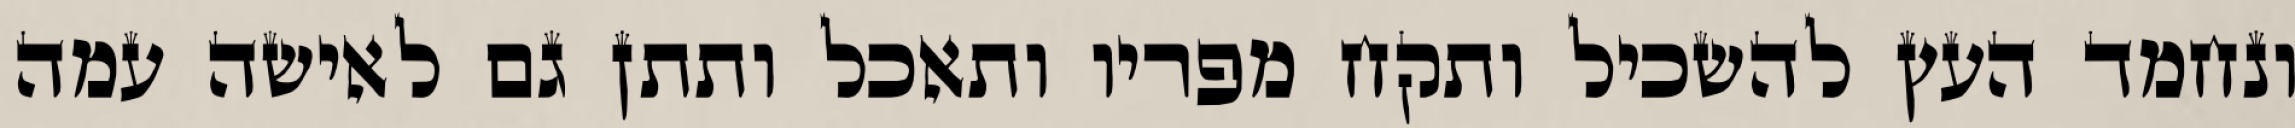
ונחמד העץ להשכיל ותקח מפריו ותאכל ותתן גם לאישה עמה